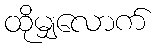
ထိုမျှလောက်